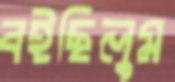
বইছিলুম